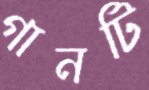
গানটি